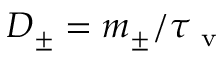
D _ { \pm } = m _ { \pm } / \tau _ { \mathrm { ~ v ~ } }